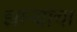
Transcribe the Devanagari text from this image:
झाऱ्यांचा